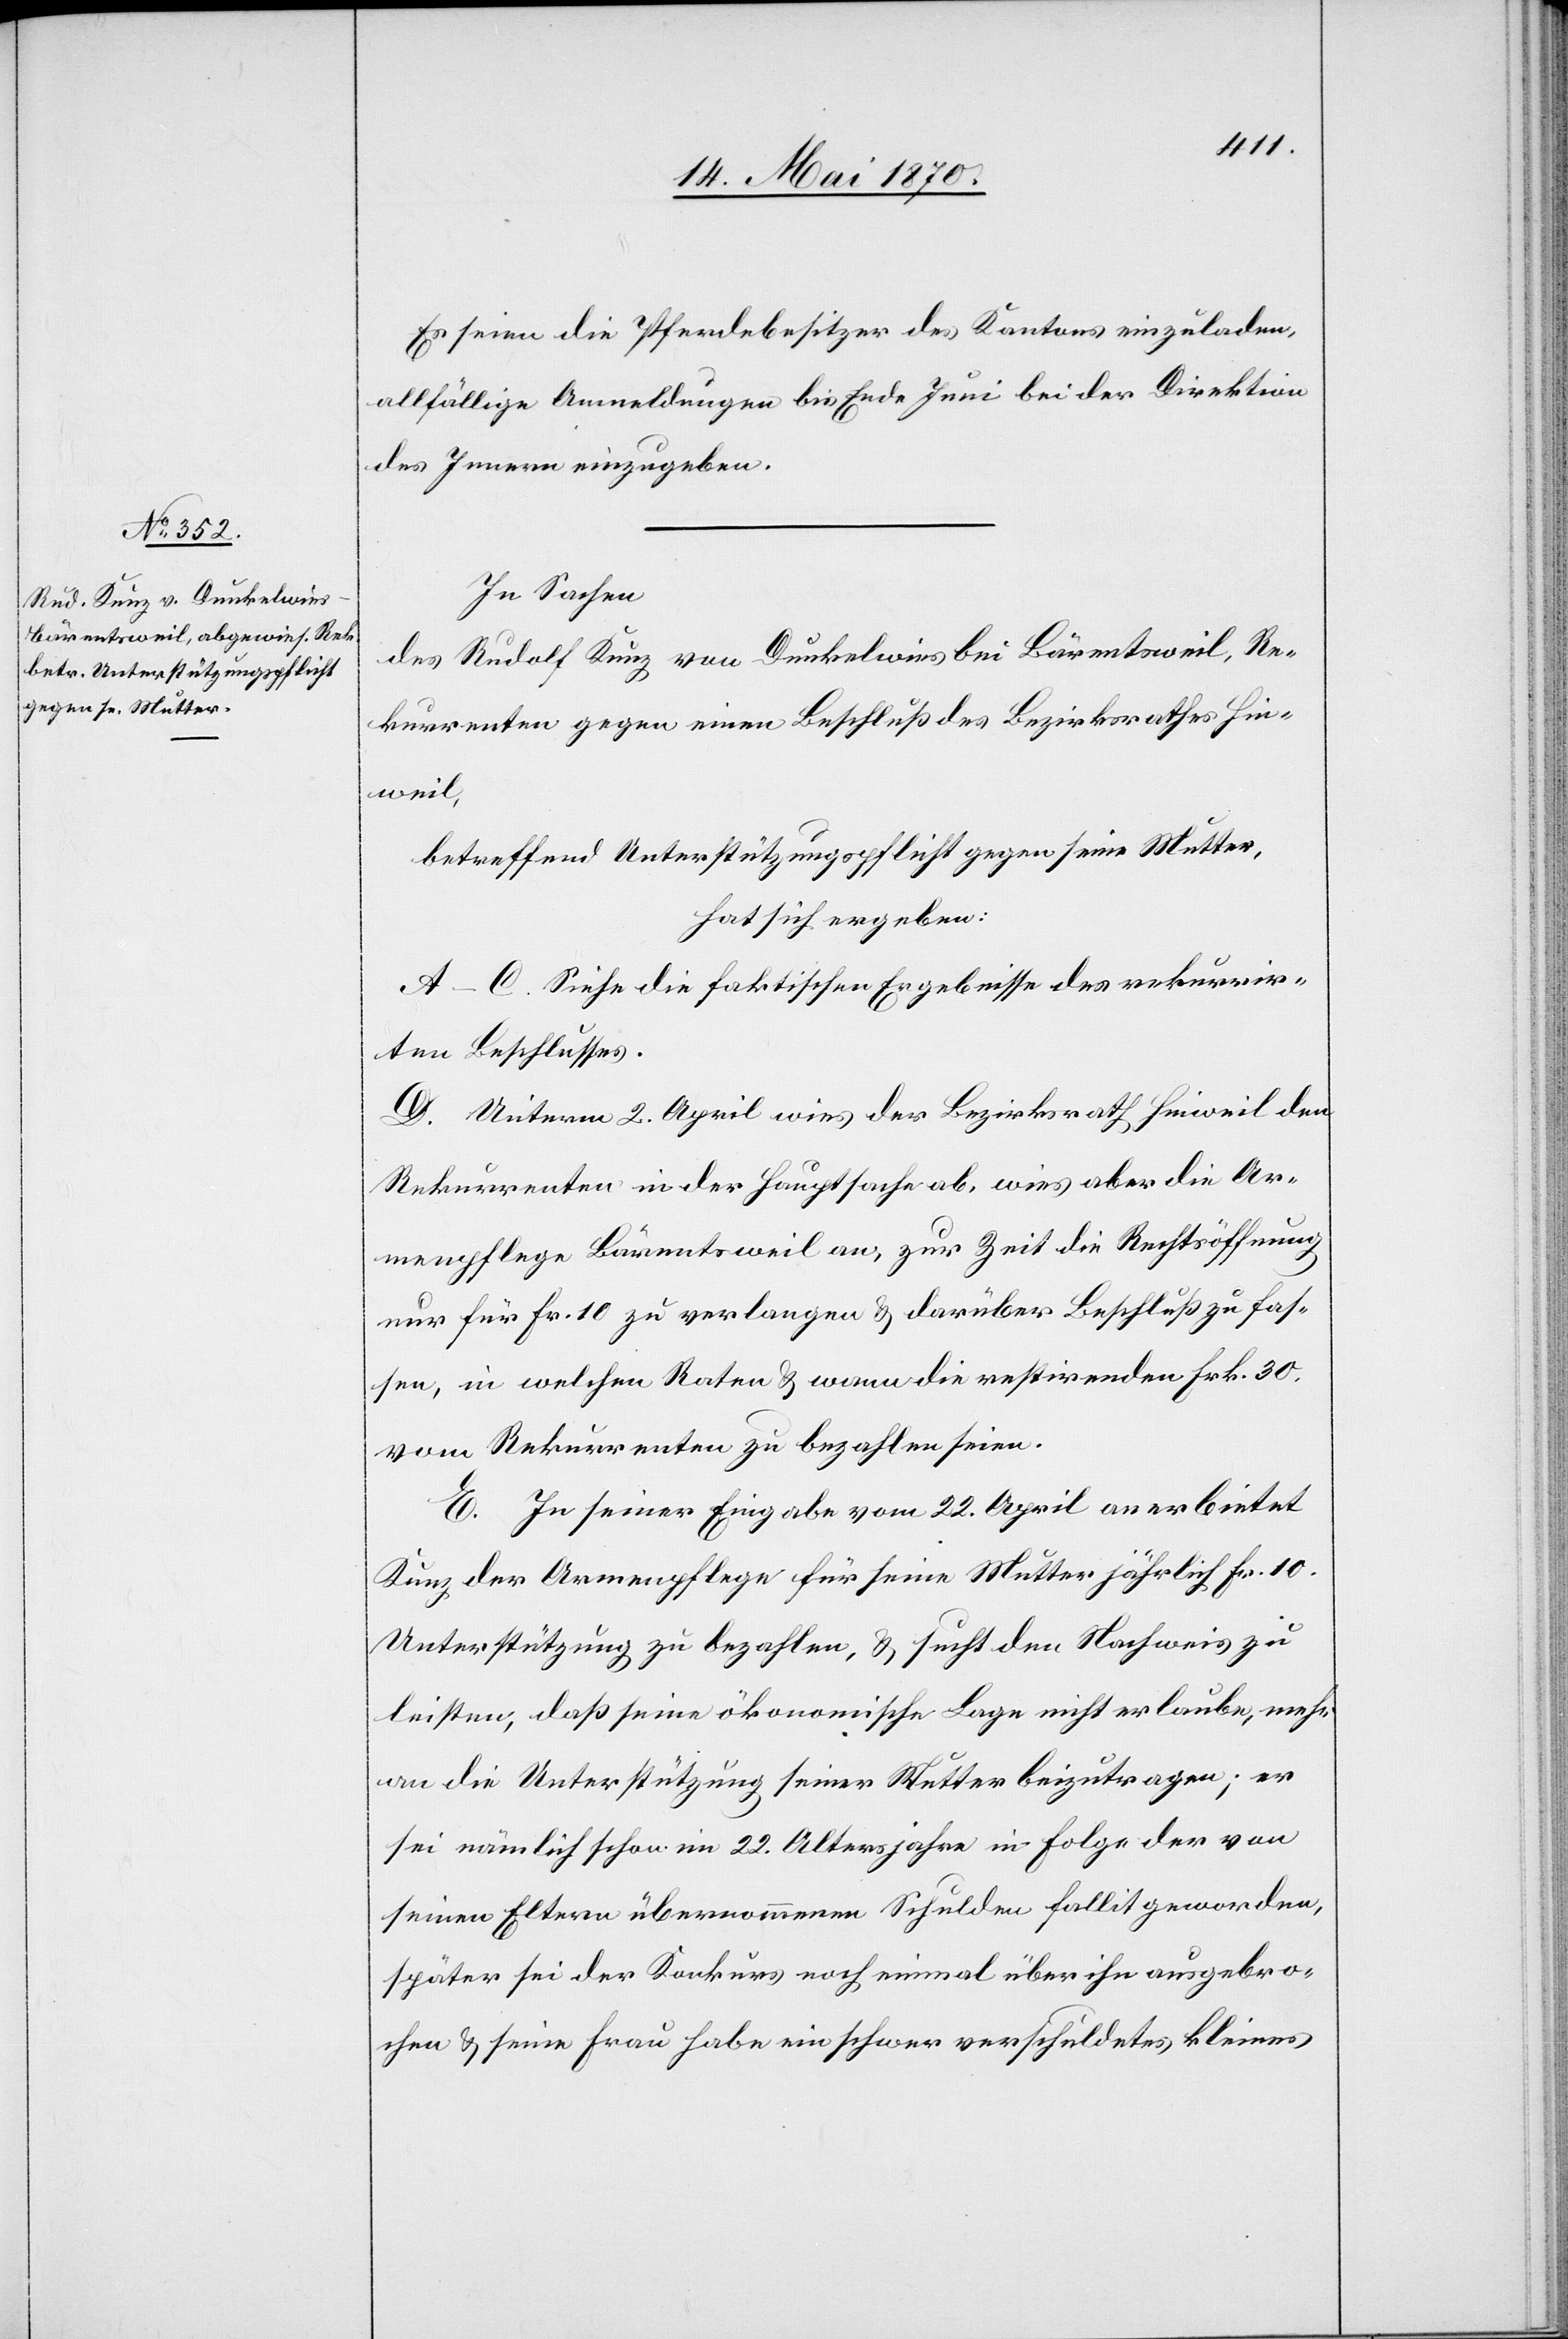
Es seien die Pferdebesitzer des Kantons einzuladen,
allfällige Anmeldungen bis Ende Juni bei der Direktion
des Innern einzugeben.
In Sachen
des Rudolf Kunz von Dunkelwies bei Bärentsweil, Re¬
kurrenten gegen einen Beschluß des Bezirksrathes Hin¬
weil,
betreffend Unterstützungspflicht gegen seine Mutter,
hat sich ergeben:
A–C. Siehe die faktischen Ergebnisse des rekurrir¬
ten Beschlusses.
D. Unterm 2. April wies der Bezirksrath Hinweil den
Rekurrenten in der Hauptsache ab, wies aber die Ar¬
menpflege Bärentsweil an, zur Zeit die Rechtsöffnung
nur für Fr. 10 zu verlangen & darüber Beschluß zu fas¬
sen, in welchen Raten & wann die restirenden Frk. 30
vom Rekurrenten zu bezahlen seien.
E. In seiner Eingabe vom 22. April anerbietet
Kunz der Armenpflege für seine Mutter jährlich Fr. 10
Unterstützung zu bezahlen, & sucht den Nachweis zu
leisten, daß seine ökonomische Lage nicht erlaube, mehr
an die Unterstützung seiner Mutter beizutragen; er
sei nämlich schon im 22. Altersjahre in Folge der von
seinen Eltern übernommenen Schulden fallit geworden,
später sei der Konkurs noch einmal über ihn ausgebro¬
chen & seine Frau habe ein schwer verschuldetes kleines